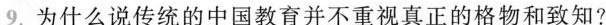
9.为什么说传统的中国教育并不重视真正的格物和致知?